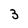
Character: 3